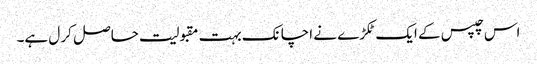
اس چپس کے ایک ٹکڑے نے اچانک بہت مقبولیت حاصل کر ل ہے۔